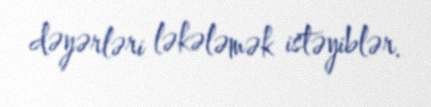
dəyərləri ləkələmək istəyiblər.